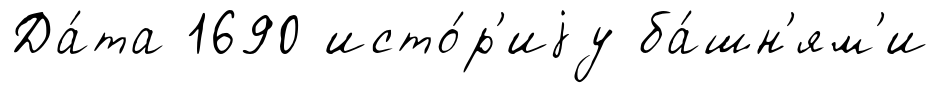
Да́та 1690 исто́р'иjу ба́шн'ям'и